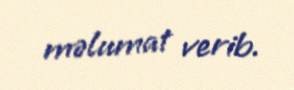
məlumat verib.